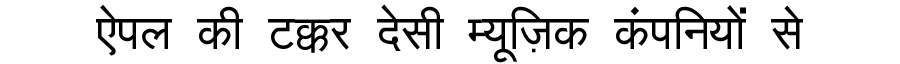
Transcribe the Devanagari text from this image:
ऐपल की टक्कर देसी म्यूज़िक कंपनियों से